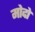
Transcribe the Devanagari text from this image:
मोदो